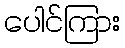
ပေါင်ကြား